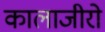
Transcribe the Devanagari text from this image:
कालाजीरो